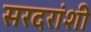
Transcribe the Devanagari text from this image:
सरदरांशी